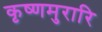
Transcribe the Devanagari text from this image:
कृष्णमुरारि